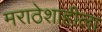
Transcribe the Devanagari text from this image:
मराठेशाहीला